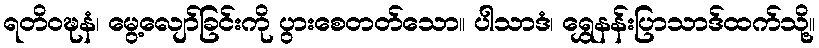
ရတိဝဍ္ဎနံ၊ မွေ့လျော်ခြင်းကို ပွားစေတတ်သော။ ပါသာဒံ၊ ရွှေနန်းပြာသာဒ်ထက်သို့။